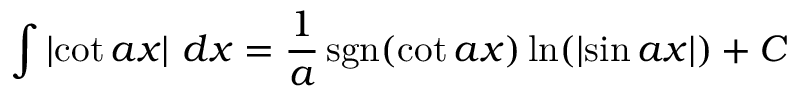
\int \left| \cot { a x } \right| \, d x = { \frac { 1 } { a } } \operatorname { s g n } ( \cot { a x } ) \ln ( \left| \sin { a x } \right| ) + C